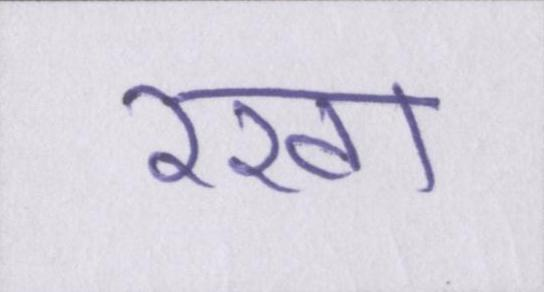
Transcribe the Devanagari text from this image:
रखा